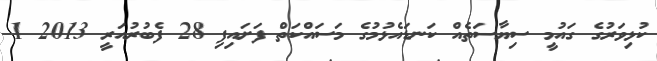
ކުޅިވަރުގެ ގައުމީ ސިޔާސަތެއް ކަނޑައެޅުމުގެ މަސައްކަތް ފަށައިފި 28 ފެބުރުއަރީ 2013 1